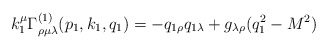
\begin{align*}k_1^\mu \Gamma _{\rho \mu \lambda }^{(1)}(p_1,k_1,q_1)=-q_{1\rho}q_{1\lambda }+g_{\lambda \rho }(q_1^2-M^2)\end{align*}